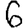
Digit: 6